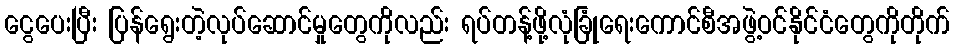
ငွေပေးပြီး ပြန်ရွေးတဲ့လုပ်ဆောင်မှုတွေကိုလည်း ရပ်တန့်ဖို့လုံခြုံရေးကောင်စီအဖွဲ့ဝင်နိုင်ငံတွေကိုတိုက်